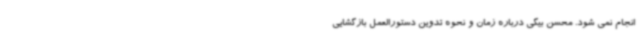
انجام نمی شود. محسن بیگی درباره زمان و نحوه تدوین دستورالعمل بازگشایی